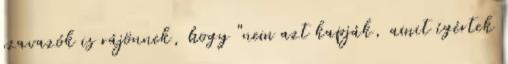
szavazók is rájönnek, hogy "nem azt kapják, amit ígértek